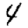
Digit: 4